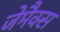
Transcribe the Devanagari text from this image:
जेमैक्स